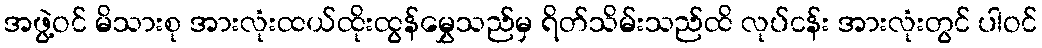
အဖွဲ့ဝင် မိသားစု အားလုံးထယ်ထိုးထွန်မွှေသည်မှ ရိတ်သိမ်းသည်ထိ လုပ်ငန်း အားလုံးတွင် ပါဝင်